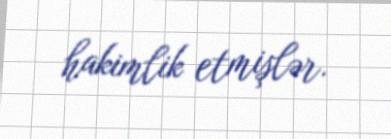
hakimlik etmişlər.